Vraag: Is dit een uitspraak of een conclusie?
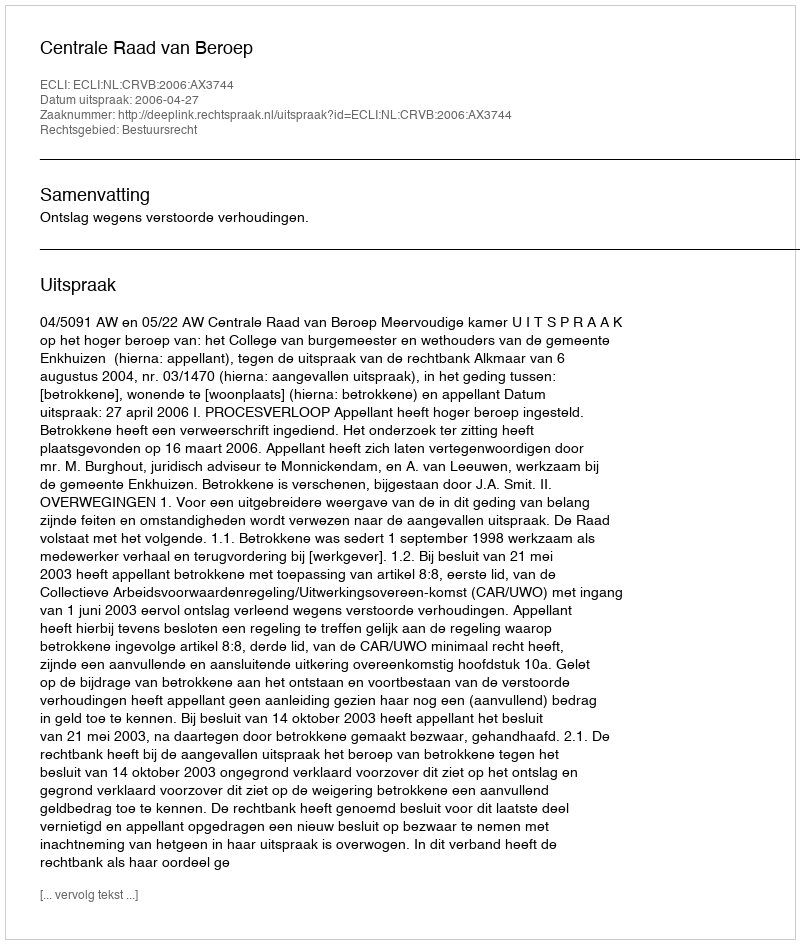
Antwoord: Uitspraak